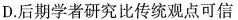
D.后期学者研究比传统观点可信